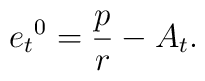
{e_t}^0= \frac p r - A_t.